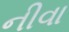
નીવા